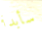
سأبدأ